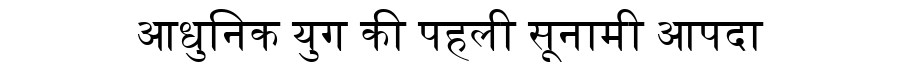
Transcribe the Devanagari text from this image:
आधुनिक युग की पहली सूनामी आपदा